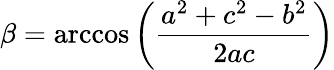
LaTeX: \beta=\operatorname{arccos}\left({\frac{a^{2}+c^{2}-b^{2}}{2ac}}\right)